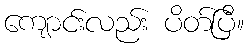
ကျောင်းလည်း ပိတ်ပြီ။